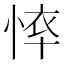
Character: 𢜙